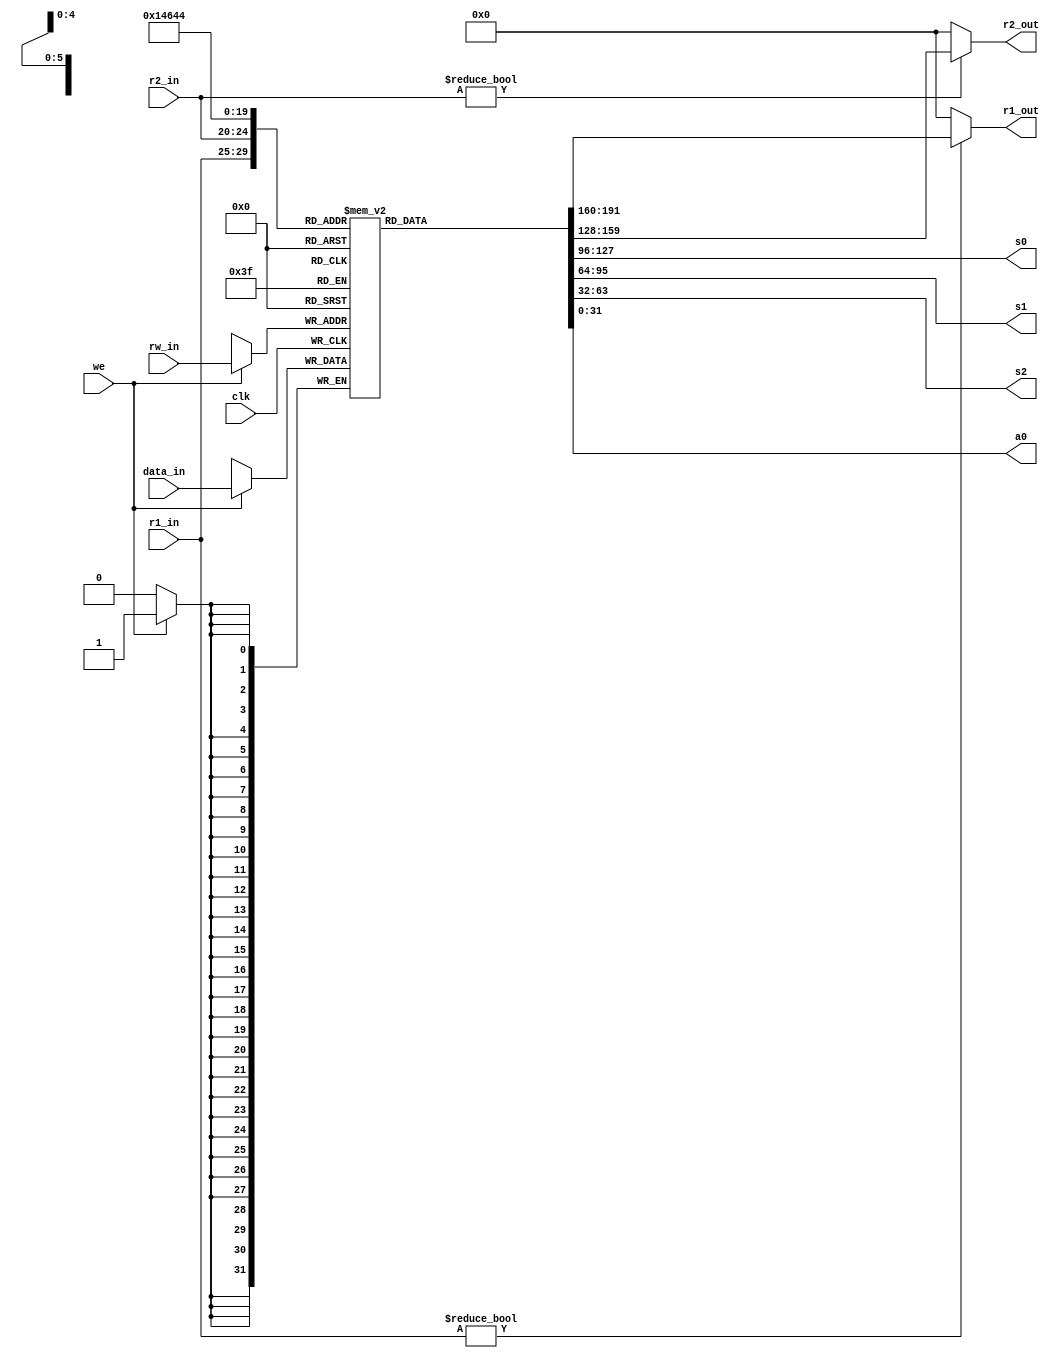
`timescale 1ns / 1ps
//////////////////////////////////////////////////////////////////////////////////
// Company: 
// Engineer: 
// 
// Design Name: 
// Module Name: regfile
// Project Name: 
// Target Devices: 
// Tool Versions: 
// Description: 
// 
// Dependencies: 
// 
// Revision:
// Revision 0.01 - File Created
// Additional Comments:
// 
//////////////////////////////////////////////////////////////////////////////////


module regfile(
    input [4:0]r1_in,
    input [4:0]r2_in,
    input [4:0]rw_in,
    input we,
    input clk,
    input [31:0]data_in,
    output [31:0]s0,
    output [31:0]s1,
    output [31:0]s2,
    output [31:0]a0,
    output [31:0]r1_out,
    output [31:0]r2_out
    );
    reg [31:0] regfile [31:0];
    integer i;
    initial
    begin
        for(i=0;i<=31;i=i+1)
            regfile[i] = 32'b0;
    end 
    
    assign r1_out = r1_in?regfile[r1_in]:0;
    assign r2_out = r2_in?regfile[r2_in]:0;
    assign s0 = regfile[2];
    assign s1 = regfile[17];
    assign s2 = regfile[18];
    assign a0 = regfile[4];
    
    always@(negedge clk)
    begin
        if(we == 1)
            regfile[rw_in] = data_in;
    end  
endmodule